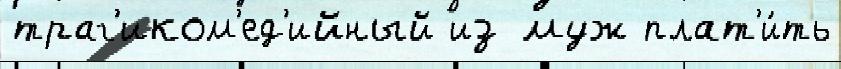
траг'иком'ед'ийный из муж плат'и́ть